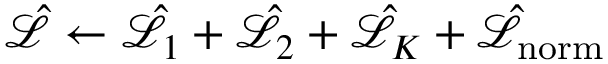
\hat { \mathcal { L } } \gets \hat { \mathcal { L } } _ { 1 } + \hat { \mathcal { L } } _ { 2 } + \hat { \mathcal { L } } _ { K } + \hat { \mathcal { L } } _ { \mathrm { { n o r m } } }